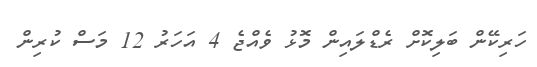
ހަރިކޭން ބަލިކޮށް ރެޑްލައިން މޮޅު ވެއްޖެ 4 އަހަރު 12 މަސް ކުރިން